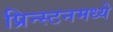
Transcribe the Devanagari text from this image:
प्रिन्स्टनमध्ये